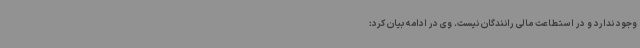
وجود ندارد و در استطاعت مالی رانندگان نیست. وی در ادامه بیان کرد: